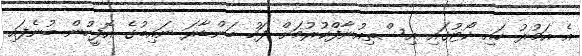
އެ އަމުރު ހައި ކޯޓުގައި އިސްތިއުނާފްކުރުމަށް ފަހު ބަންޑާރަ ނައިބުގެ އޮފީހުން ބުނެފައި